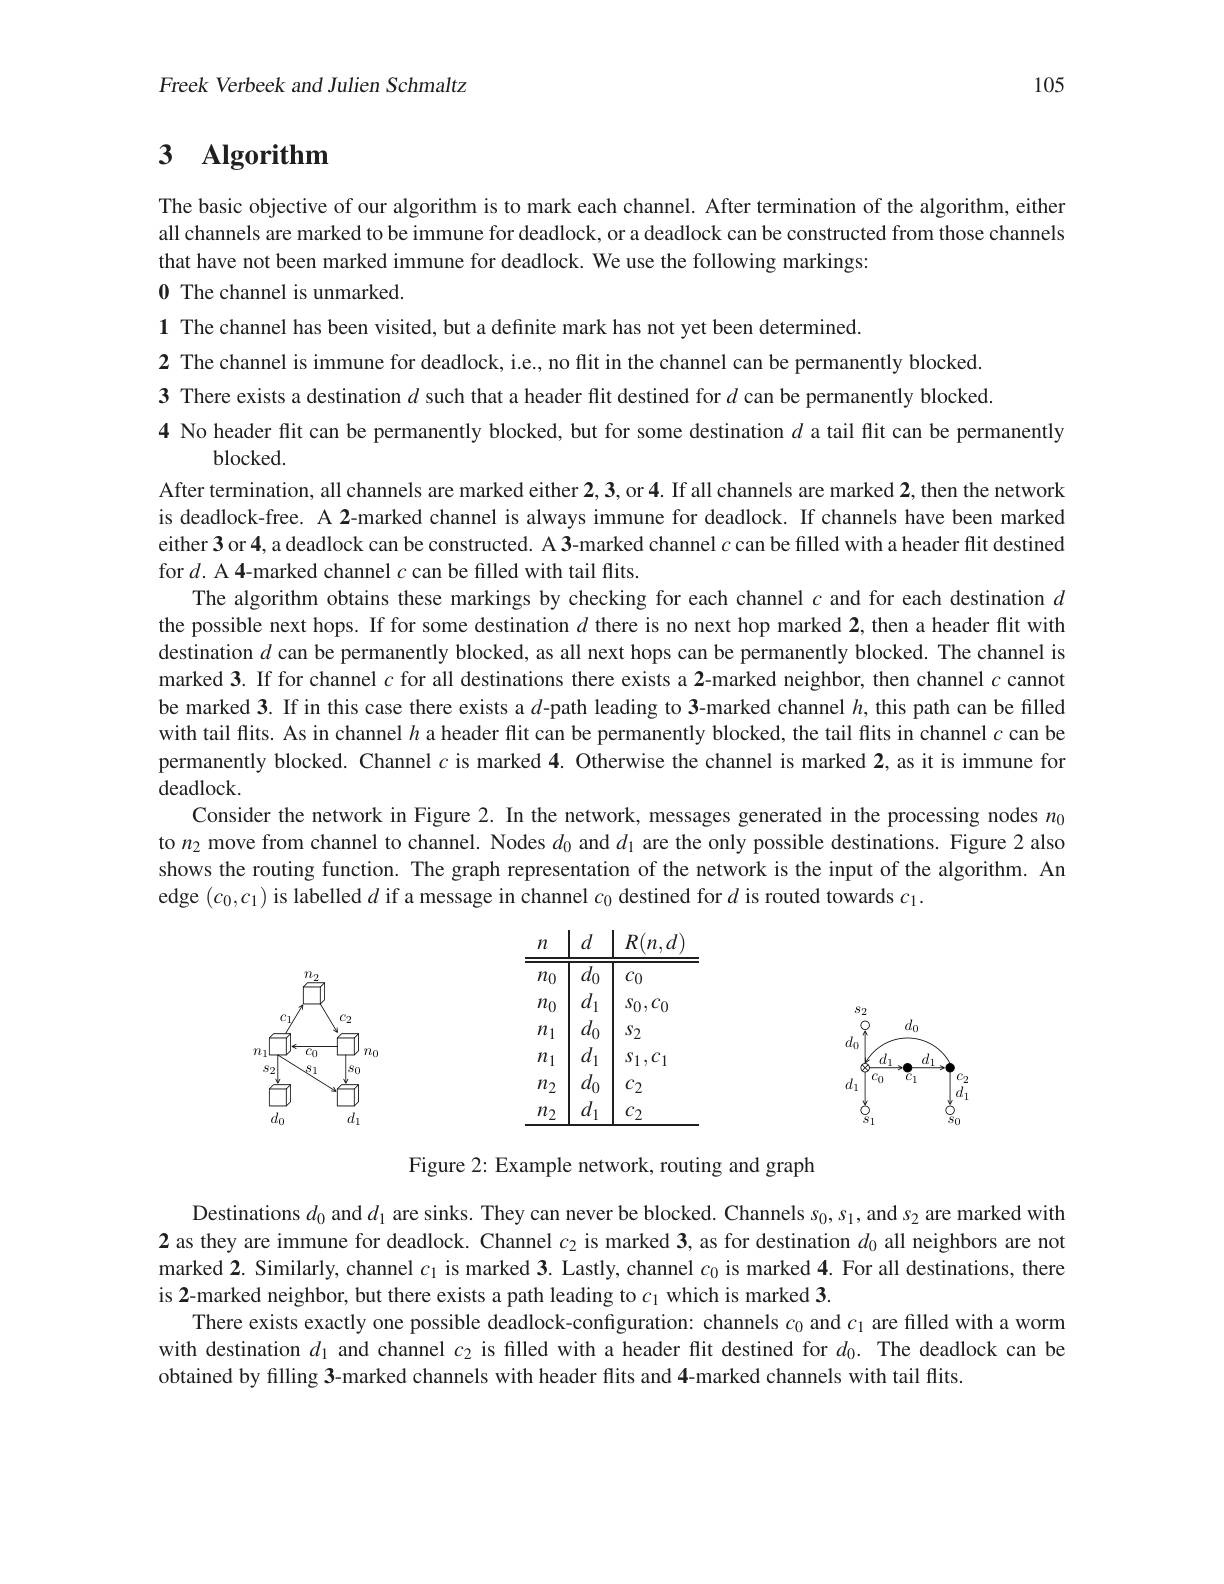
Freek Verbeek and Julien Schmaltz

105

# 3 Algorithm

The basic objective of our algorithm is to mark each channel. After termination of the algorithm, either all channels are marked to be immune for deadlock, or a deadlock can be constructed from those channels that have not been marked immune for deadlock. We use the following markings:

0 The channel is unmarked.
1 The channel has been visited, but a definite mark has not yet been determined.
2 The channel is immune for deadlock, i.e., no flit in the channel can be permanently blocked. 3 There exists a destination $d$ such that a header flit destined for $d$ can be permanently blocked 4 No header flit can be permanently blocked, but for some destination $d$ a tail flit can be permanently
blocked.
After termination, all channels are marked either 2,3,or 4. If all channels are marked 2, then the network is deadlock-free. A 2-marked channel is always immune for deadlock. If channels have been marked either 3 or 4, a deadlock can be constructed. A 3-marked channel $c$ can be filled with a header flit destined for $d. \textbf{A4- marked channel }c$ can be filled with tail flits.
The algorithm obtains these markings by checking for each channel $c$ and for each destination $d$ the possible next hops. If for some destination $d$ there is no next hop marked 2, then a header flit with destination $d$ can be permanently blocked, as all next hops can be permanently blocked. The channel is marked 3. If for channel $c$ for all destinations there exists a 2-marked neighbor, then channel $c$ cannot be marked 3. If in this case there exists a $d$-path leading to 3-marked channel $h$, this path can be filled with tail flits. As in channel $h$ a header flit can be permanently blocked, the tail flits in channel $c$ can be permanently blocked. Channel $c$ is marked 4. Otherwise the channel is marked 2, as it is immune for deadlock.
Consider the network in Figure 2. In the network, messages generated in the processing nodes $n_0$ to $n_2$ move from channel to channel. Nodes $d_0$ and $d_1$ are the only possible destinations. Figure 2 also shows the routing function. The graph representation of the network is the input of the algorithm. An edge $(c_0,c_1)$ is labelled $d$ if a message in channel $c_0$ destined for $d$ is routed towards $c_1.$
$$\begin{array}{c|c|c}n&d&R(n,d)\\\hline n_0&d_0&c_0\\n_0&d_1&s_0,c_0\\n_1&d_0&s_2\\n_1&d_1&s_1,c_1\\n_2&d_0&c_2\\n_2&d_1&c_2\\\hline\end{array}$$
<FigureHere>

<FigureHere>

Figure 2: Example network, routing and graph

Destinations $d_0$ and $d_1$ are sinks. They can never be blocked. Channels $s_0,s_1$, and $s_2$ are marked with 2 as they are immune for deadlock. Channel $c_2$ is marked 3, as for destination $d_0$ all neighbors are not marked 2. Similarly, channel $c_1$ is marked 3. Lastly, channel $c_0$ is marked 4. For all destinations, there is 2-marked neighbor, but there exists a path leading to $c_1$ which is marked 3.
There exists exactly one possible deadlock-configuration: channels $c_0$ and $c_1$ are filled with a worm with destination $d_1$ and channel $c_2$ is filled with a header flit destined for $d_0.$ The deadlock can be obtained by filling 3-marked channels with header flits and 4-marked channels with tail flits.